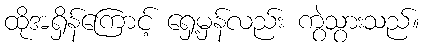
ထိုအရှိန်ကြောင့် ရှေ့မှန်လည်း ကွဲသွားသည်။